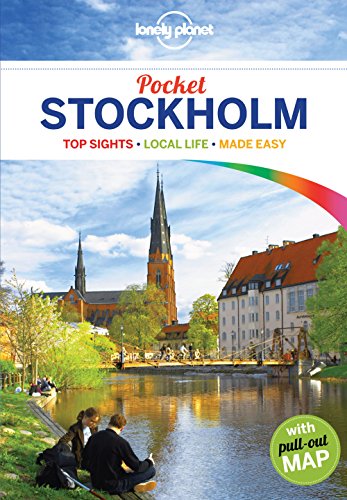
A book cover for Lonely Planet Pocket Stockholm (Travel Guide); Lonely Planet; Travel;